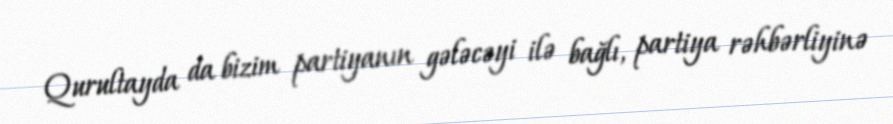
Qurultayda da bizim partiyanın gələcəyi ilə bağlı, partiya rəhbərliyinə